Leaving Certificate Examination, 1905
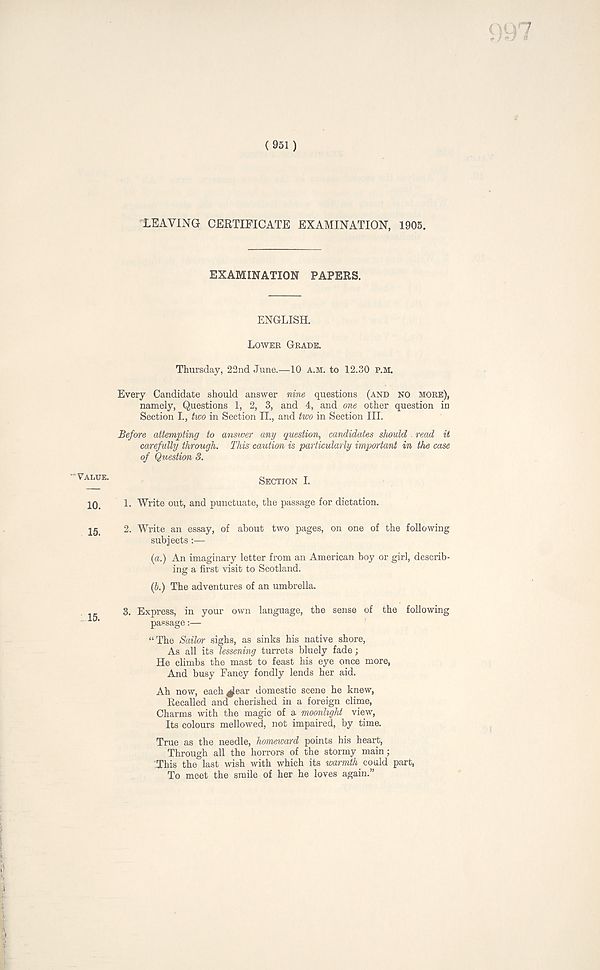
(951)
LEAVING CERTIFICATE EXAMINATION, 1905.
EXAMINATION PAPERS.
ENGLISH.
LOWER GRADE.
Thursday, 22nd June.—10 A.M. to 12.30 P.M.
Every Candidate should answer nine questions (AND NO MORE),
namely, Questions 1, 2, 3, and 4, and one other question in
Section L, two in Section II., and two in Section III.
Before attempting to answer any question, candidates should . read it
carefully through. This caution is particularly important in the case
of Question 3.
^E-
SECTION I.
10.
1. Write out, and punctuate, the passage for dictation.
15.
2. Write an essay, of about two pages, on one of the following
subjects :—
(a.) An imaginary letter from an American boy or girl, describ-
ing a first visit to Scotland.
(6.) The adventures of an umbrella.
3. Express, in your own language, the sense of the following
passage:—
“The Sailor sighs, as sinks his native shore,
As all its lessening turrets bluely fade;
He climbs the mast to feast his eye once more,
And busy Fancy fondly lends her aid.
Ah now, each jfear domestic scene he knew,
Recalled and cherished in a foreign clime,
Charms with the magic of a moonlight view,
Its colours mellowed, not impaired, by time.
True as the needle, homeward points his heart,
Through all the horrors of the stormy main;
ZThis the last wish with which its warmth. could part,
To meet the smile of her he loves again.”